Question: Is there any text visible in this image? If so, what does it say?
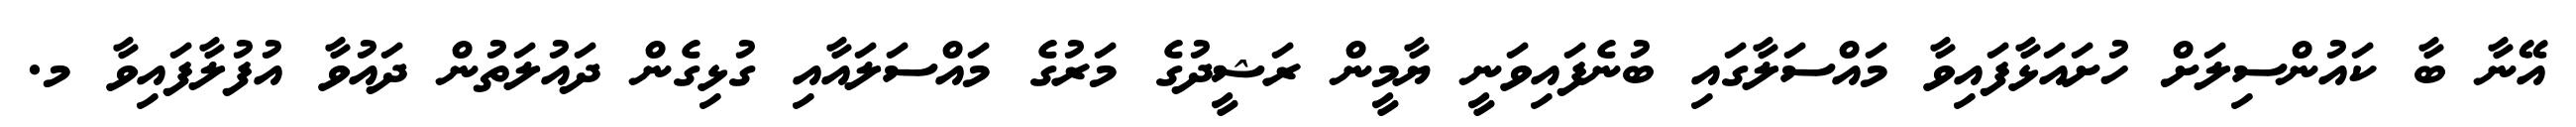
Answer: އޭނާ ބާ ކައުންސިލަށް ހުށައަޅާފައިވާ މައްސަލާގައި ބުނެފައިވަނީ ޔާމީން ރަޝީދުގެ މަރުގެ މައްސަލައާއި ގުޅިގެން ދައުލަތުން ދައުވާ އުފުލާފައިވާ މ.